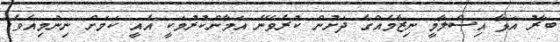
ބާރު އަޅާ އިސްލާމީ ނިޒާމެއްގެ ދަށުން ކުރެވޭނެ އަމާންކުރުމަކީ އެއީ ކަމަށް ނިންމިއެވެ.